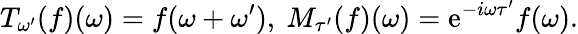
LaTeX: T_{\omega^{\prime}}(f)(\omega)=f(\omega+\omega^{\prime}),\ M_{\tau^{\prime}}(f)(\omega)=\mathrm{e}^{-i\omega\tau^{\prime}}f(\omega).